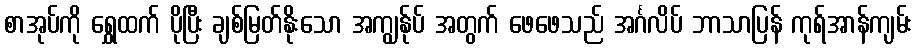
စာအုပ်ကို ရွှေထက် ပိုပြီး ချစ်မြတ်နိုးသော အကျွန်ုပ် အတွက် ဖေဖေသည် အင်္ဂလိပ် ဘာသာပြန် ကုရ်အာန်ကျမ်း